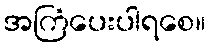
အကြံပေးပါရစေ။